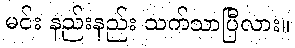
မင်း နည်းနည်း သက်သာပြီလား။